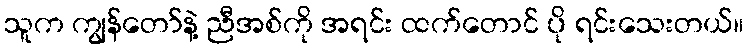
သူက ကျွန်တော်နဲ့ ညီအစ်ကို အရင်း ထက်တောင် ပို ရင်းသေးတယ်။